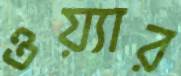
ওয়্যার